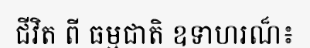
ជីវិត ពី ធម្មជាតិ ឧទាហរណ៏៖